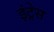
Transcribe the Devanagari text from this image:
इंट्रेस